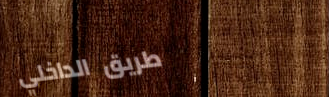
طريق الداخلي